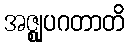
အဇ္ဈုပဂတာတိ